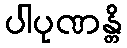
ပါပုဏန္တိ